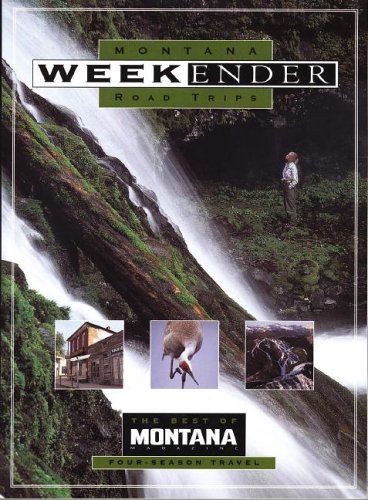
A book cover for Weekender: Montana Road Trips; Montana Magazine; Travel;